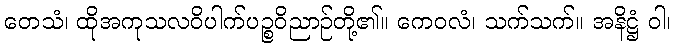
တေသံ၊ ထိုအကုသလဝိပါက်ပဉ္စဝိညာဉ်တို့၏။ ကေဝလံ၊ သက်သက်။ အနိဋ္ဌံ ဝါ၊